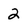
Character: 2